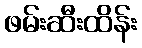
ဖမ်းဆီးထိန်း